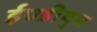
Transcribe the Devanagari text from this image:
ईण्डीयुम